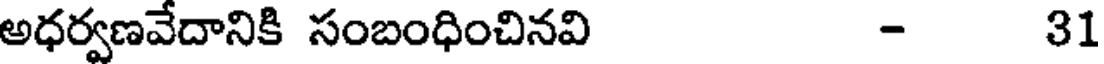
అధర్వణవేదానికి సంబంధించినవి - 31